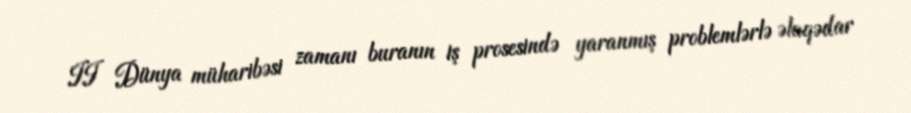
II Dünya müharibəsi zamanı buranın iş prosesində yaranmış problemlərlə əlaqədar